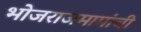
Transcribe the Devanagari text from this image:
भोजराजमामांची